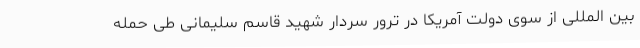
بین المللی از سوی دولت آمریکا در ترور سردار شهید قاسم سلیمانی طی حمله